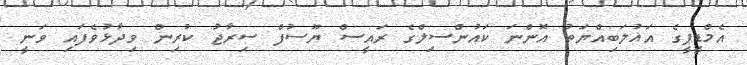
އެމްޑީޕީގެ އަޣުލަބިއްޔަތު އޮންނަ ކައުންސިލްގެ ރައީސް ޔޫސުފް ސިރާޖު ކުރިން ވިދާޅުވެފައި ވަނީ